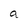
Character: a